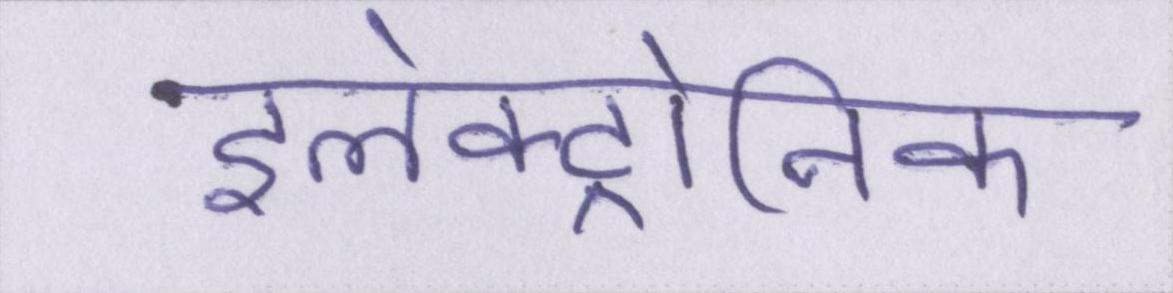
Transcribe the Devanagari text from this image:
इलेक्ट्रोनिक